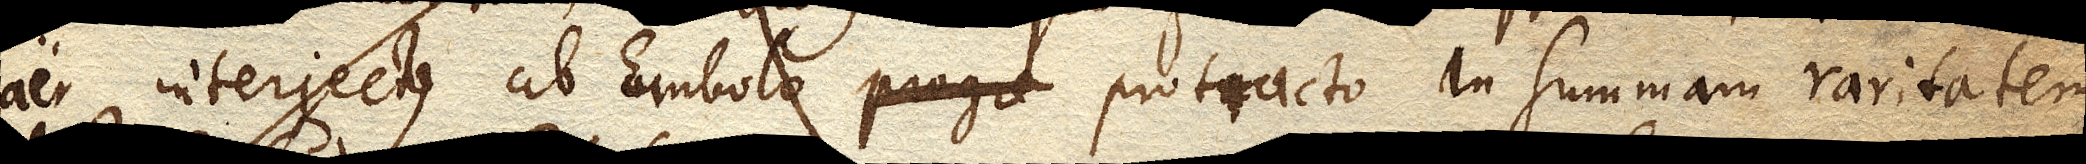
aer interjectus ab Embolo protracto in summam raritatem